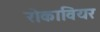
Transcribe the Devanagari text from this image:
रोकावियर